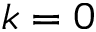
k = 0